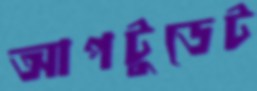
আপটুডেট